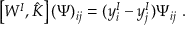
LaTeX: \left[ W ^ { I } , \hat { K } \right] ( \Psi ) _ { i j } = ( y _ { i } ^ { I } - y _ { j } ^ { I } ) \Psi _ { i j } \ .